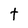
Character: t